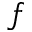
f